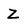
Character: Z